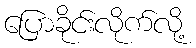
ပြောခိုင်းလိုက်လို့